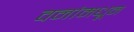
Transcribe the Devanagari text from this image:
वनांमधून